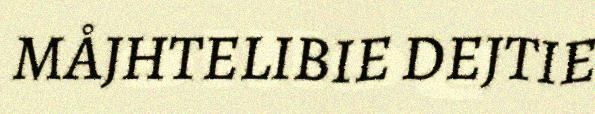
MÅJHTELIBIE DEJTIE